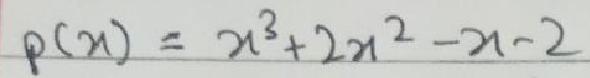
$p(n)=n^3 + 2n^2 -n - 2$